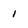
Character: 1